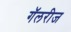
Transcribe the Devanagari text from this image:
गॅलरीज